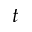
\boldsymbol { t }